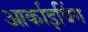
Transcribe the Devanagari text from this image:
आर्काइविंग